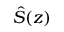
\hat { S } ( z )